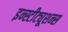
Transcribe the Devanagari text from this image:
इन्स्टीट्यूशन्स